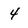
Character: 4